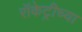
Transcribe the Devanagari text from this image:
रॉकेट्रीच्या